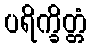
ပရိက္ခိတ္တံ